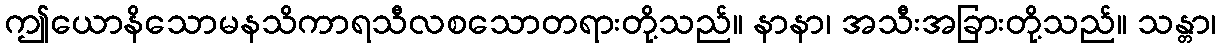
ဤယောနိသောမနသိကာရသီလစသောတရားတို့သည်။ နာနာ၊ အသီးအခြားတို့သည်။ သန္တာ၊